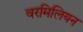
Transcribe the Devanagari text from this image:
वरमिलियन